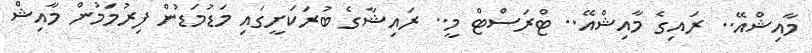
މާއިޝްއޭ.. ރައިގެ މާއިޝްއޭ.. ޓްރަސްޓް މީ.. ރައިޝާގެ ބުރަކަށީގައި މަޑުމަޑުން ފިރުމަމުން މާއިޝް